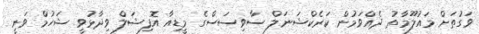
ވަގުތަށް މައުލޫމާތު ދެއްވަމުން ކަރެކްޝަނަލް ސާވިސަސްގެ މީޑިއާ އޮފިޝަލް ވިދާޅުވީ ޝަހުމް ވަނީ